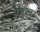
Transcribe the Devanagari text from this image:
नवम्बर्